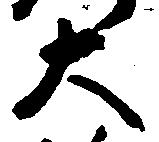
大